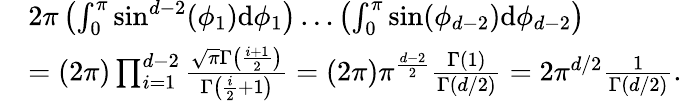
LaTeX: \begin{array}{rl}&{2\pi\left(\int_{0}^{\pi}\sin^{d-2}(\phi_{1})\mathrm{d}\phi_{1}\right)\ldots\left(\int_{0}^{\pi}\sin(\phi_{d-2})\mathrm{d}\phi_{d-2}\right)}\\ &{=(2\pi)\prod_{i=1}^{d-2}\frac{\sqrt{\pi}\Gamma\left(\frac{i+1}{2}\right)}{\Gamma\left(\frac{i}{2}+1\right)}=(2\pi)\pi^{\frac{d-2}{2}}\frac{\Gamma(1)}{\Gamma(d/2)}=2\pi^{d/2}\frac{1}{\Gamma(d/2)}.}\end{array}